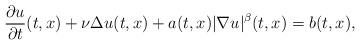
\begin{align*} \frac{\partial u} {\partial t} (t,x) + \nu \Delta u(t,x) + a(t,x )|\nabla u|^\beta(t,x)= b(t,x),\end{align*}